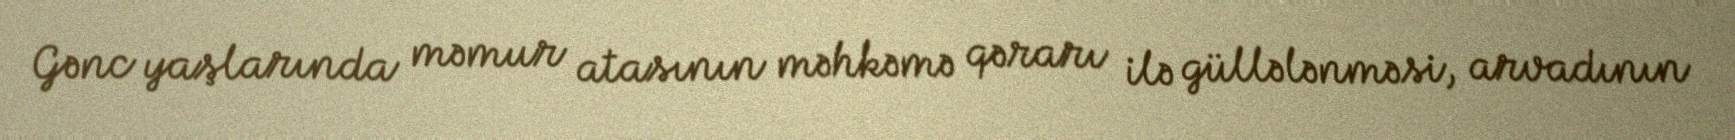
Gənc yaşlarında məmur atasının məhkəmə qərarı ilə güllələnməsi, arvadının